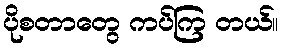
ပိုစတာတွေ ကပ်ကြ တယ်။